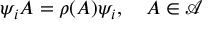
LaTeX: \psi _ { i } A = \rho ( A ) \psi _ { i } , \quad A \in \mathcal { A }